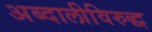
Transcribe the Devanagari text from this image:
अब्दालीविरुद्ध